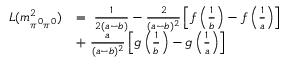
\begin{array} { r l } { { L ( m _ { \pi ^ { 0 } \pi ^ { 0 } } ^ { 2 } ) } } & { { = \ \frac { 1 } { 2 ( a - b ) } - \frac { 2 } { ( a - b ) ^ { 2 } } \left[ f \left( \frac { 1 } { b } \right) - f \left( \frac { 1 } { a } \right) \right] } } \\ { { } } & { { + \ \frac { a } { ( a - b ) ^ { 2 } } \left[ g \left( \frac { 1 } { b } \right) - g \left( \frac { 1 } { a } \right) \right] \ } } \end{array}